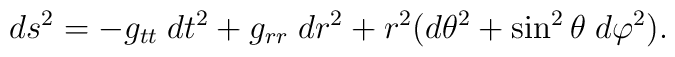
ds^2 = - g_{tt} \; dt^2 + g_{rr} \; dr^2       + r^2(d\theta^2 + \sin^2\theta \; d\varphi^2).